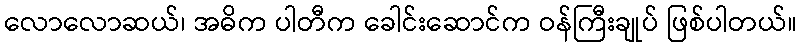
လောလောဆယ်၊ အဓိက ပါတီက ခေါင်းဆောင်က ဝန်ကြီးချုပ် ဖြစ်ပါတယ်။